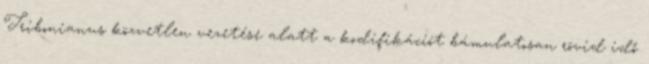
Tribonianus közvetlen vezetése alatt a kodifikációt bámulatosan rövid idő